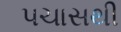
પચાસથી